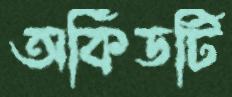
অর্কিডটি